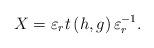
LaTeX: \begin{align*}X=\varepsilon_r t\left(h, g\right) \varepsilon_r^{-1}.\end{align*}